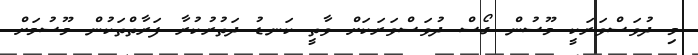
މި ދުވަސްވަރަކީ މޫސުން ގޯސް ދުވަސްވަރަކަށް ވާތީ ކަނޑު ދަތުރުކުރާ ފަރާތްތަކުން މޫސުމަށް